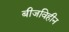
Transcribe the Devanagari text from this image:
बीजविहीन